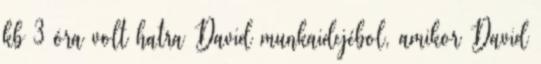
kb 3 óra volt hatra David munkaidejébol, amikor David